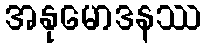
အနုမောဒနဿ